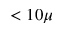
< 1 0 \mu